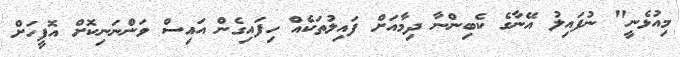
މިއުޅެނީ" ނުފައިލު އޭނާގެ ކެބިންނާ ދިމާއަށް ފައިލުތަކެއް ހިފައިގެން އައިސް ވަންނަނިކޮށް އޮފީހަށް